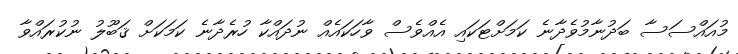
މުއައްސަސާ ބަދުނާމުވެދާނެ ކަމަށްޓަކައި އެއްވެސް ވާހަކައެއް ނުދައްކާ ހުރެދާނެ ކަމަކަށް ޤަބޫލު ނުކުރައްވާ